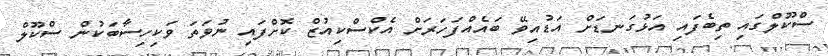
ސްކޫލްގައި ތިބެފައި އަޅުގަނޑަށް އަޑުއިވޭ ބައެއްފަހަރަށް އެކްސްކިއުޒް ކޮށްފައި ނުވަތަ ވަކިހިސާބަކުން ސްކޫލް